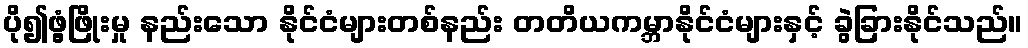
ပို၍ဖွံ့ဖြိုးမှု နည်းသော နိုင်ငံများတစ်နည်း တတိယကမ္ဘာနိုင်ငံများနှင့် ခွဲခြားနိုင်သည်။